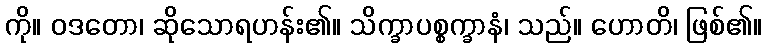
ကို။ ဝဒတော၊ ဆိုသောရဟန်း၏။ သိက္ခာပစ္စက္ခာနံ၊ သည်။ ဟောတိ၊ ဖြစ်၏။